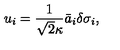
u _ { i } = \frac { 1 } { \sqrt { 2 } \kappa } \bar { a } _ { i } \delta \sigma _ { i } ,